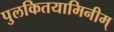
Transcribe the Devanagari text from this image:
पुलकितयामिनीम्